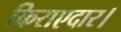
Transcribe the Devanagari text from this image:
किराएदार।